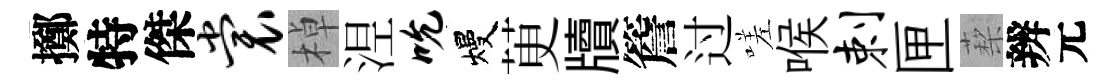
擲特傑裳棹𣵀吮熳茰牘簷过嗟喉剌匣蔾辨元